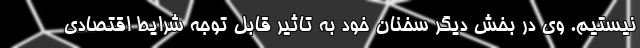
نیستیم. وی در بخش دیگر سخنان خود به تاثیر قابل توجه شرایط اقتصادی